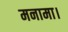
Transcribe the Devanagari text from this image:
मनामा।